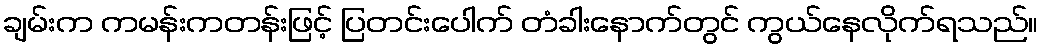
ချမ်းက ကမန်းကတန်းဖြင့် ပြတင်းပေါက် တံခါးနောက်တွင် ကွယ်နေလိုက်ရသည်။